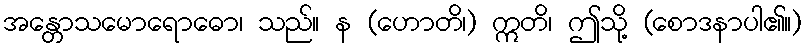
အန္တောသမောရောဓော၊ သည်။ န (ဟောတိ၊) ဣတိ၊ ဤသို့ (စောဒနာပါ၏။)